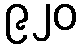
၉၂၀